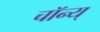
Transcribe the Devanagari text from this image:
चॉन्य्